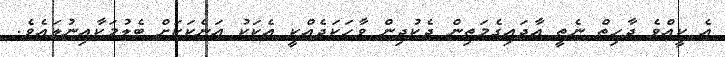
އެ ކީއްވެ ދާހިތް ނެތީ އާދައިގެމަތިން ދެކުދިން ވާހަކަދެއްކީ އެކަކު އަނެކަކަށް ބެލުމަކާއިނުލައެވެ.